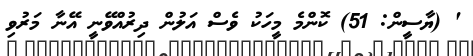
' (ޔާސީން: 51) ކޮންމެ މީހަކު ވެސް އަލުން ދިރުއްވޭނީ އޭނާ މަރުވި